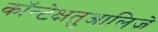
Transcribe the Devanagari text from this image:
कॉन्टेक्षतुआलिज़े